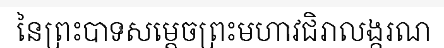
នៃព្រះបាទសម្តេចព្រះមហាវជិរាលង្ករណ